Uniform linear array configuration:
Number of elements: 48
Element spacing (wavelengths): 0.5
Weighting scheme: binomial
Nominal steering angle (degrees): -45
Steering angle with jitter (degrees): -44.754
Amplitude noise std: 0.05
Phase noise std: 0.05

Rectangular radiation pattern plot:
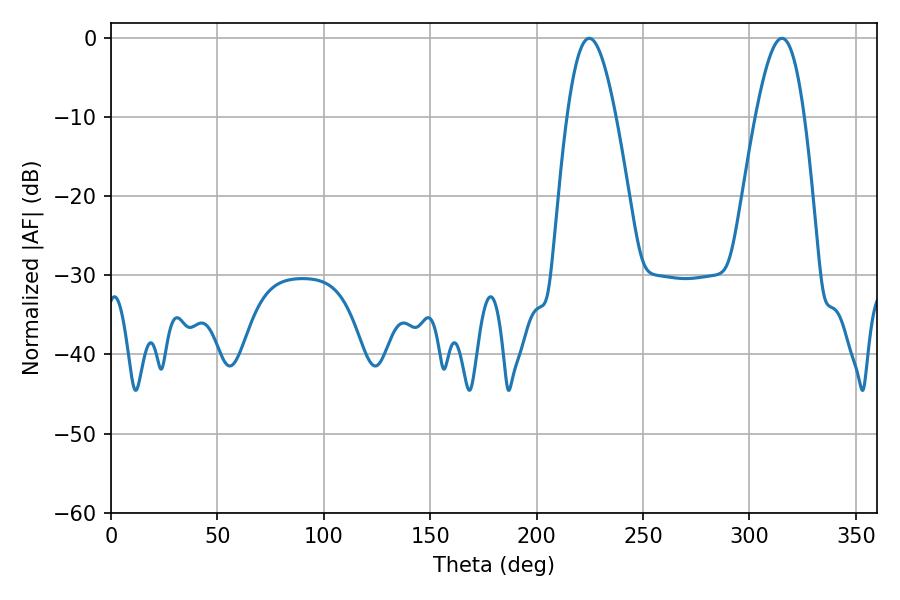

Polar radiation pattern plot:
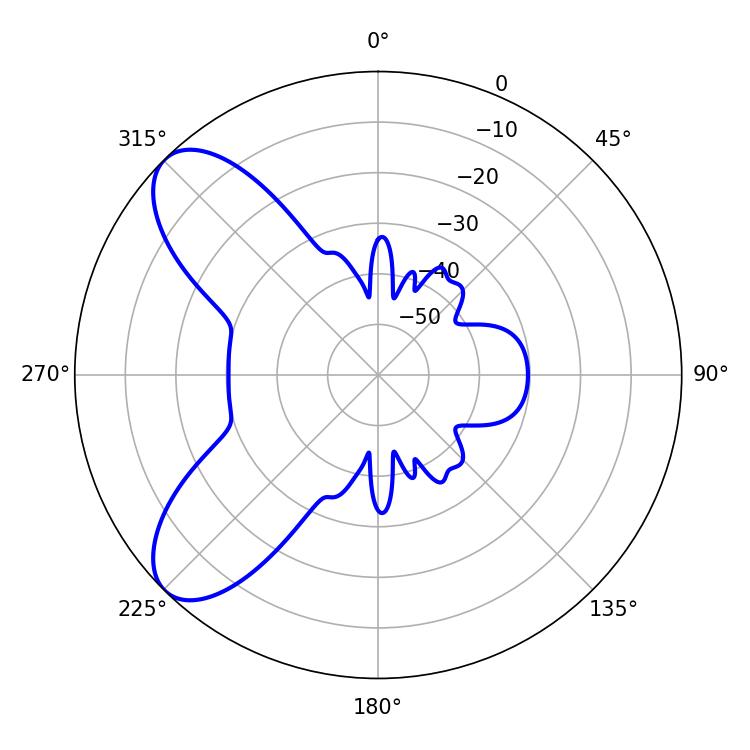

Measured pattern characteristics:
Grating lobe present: FALSE
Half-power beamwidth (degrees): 12.42
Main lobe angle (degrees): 224.64